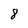
Character: 8